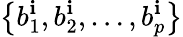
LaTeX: \left\{ b_{1}^{\mathbf{i}},b_{2}^{\mathbf{i}},\ldots,b_{p}^{\mathbf{i}}\right\}